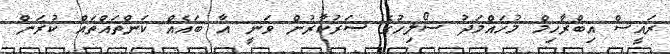
ރައީސް އިބްރާހިމް މުހައްމަދު ސޯލިހުގެ ސަރުކާރުން ވަނީ އާ ބައެއް ކަންތައްތައް ކުރަން